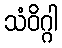
သံဝိဂ္ဂါ